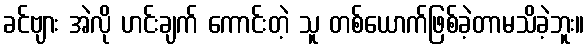
ခင်ဗျား အဲလို ဟင်းချက် ကောင်းတဲ့ သူ တစ်ယောက်ဖြစ်ခဲ့တာမသိခဲ့ဘူး။